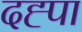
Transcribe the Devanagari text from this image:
दह्पा